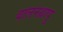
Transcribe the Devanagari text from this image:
बालनथ्रापु